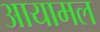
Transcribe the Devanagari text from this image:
आयामल